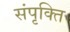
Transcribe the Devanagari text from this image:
संपृक्ति